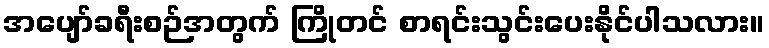
အပျော်ခရီးစဉ်အတွက် ကြိုတင် စာရင်းသွင်းပေးနိုင်ပါသလား။